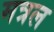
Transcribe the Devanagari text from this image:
मत्रल